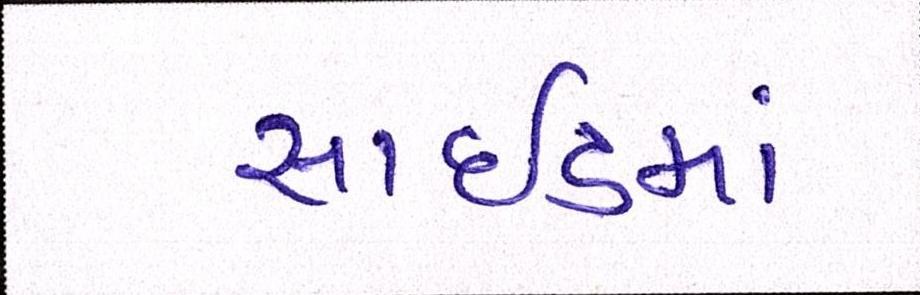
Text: સાઇડમાં